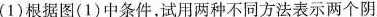
(1)根据图(1)中条件，试用两种不同方法表示两个阴